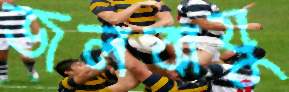
জলবাযু